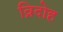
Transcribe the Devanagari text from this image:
व्रिदोह